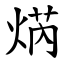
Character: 焫